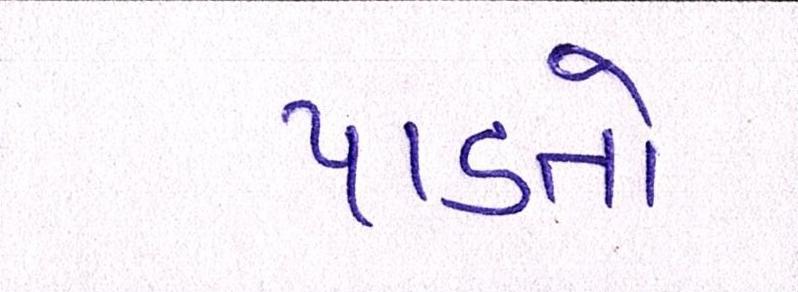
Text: પાડતો